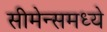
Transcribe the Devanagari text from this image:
सीमेन्समध्ये